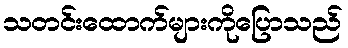
သတင်းထောက်များကိုပြောသည်